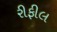
રીફીલ